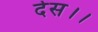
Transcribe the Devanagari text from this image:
देस।।